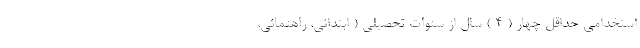
استخدامی حداقل چهار ( 4 ) سال از سنوات تحصیلی ( ابتدائی، راهنمائی،